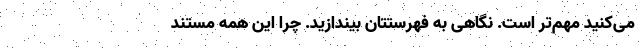
می‌کنید مهم‌تر است. نگاهی به فهرستتان بیندازید. چرا این همه مستند